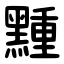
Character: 䵯